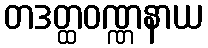
တဒတ္ထဝဏ္ဏနာယ